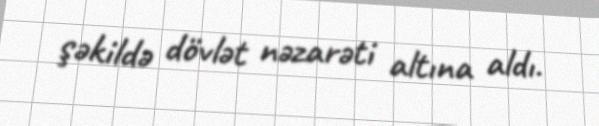
şəkildə dövlət nəzarəti altına aldı.